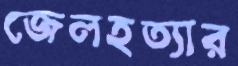
জেলহত্যার